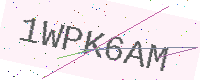
Text: 1WPK6AM